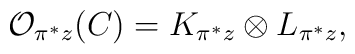
{\cal O}_{\pi^* z}(C) =K_{\pi^* z} \otimes L_{\pi^* z},